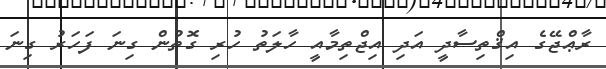
ރާޢްޖޭގެ އިޤްތިސާދީ އަދި އިޖްތިމާއީ ހާލަތު ހުރި ގޮތުން ގިނަ ފަހަރު ގިނަ